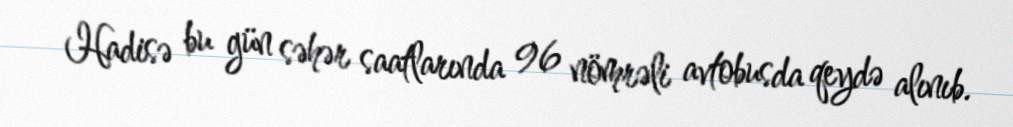
Hadisə bu gün səhər saatlarında 96 nömrəli avtobusda qeydə alınıb.